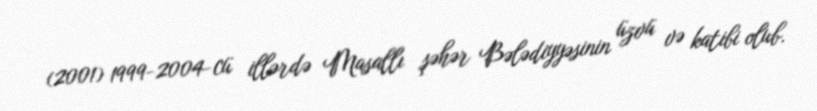
(2001) 1999-2004-cü illərdə Masallı şəhər Bələdiyyəsinin üzvü və katibi olub.